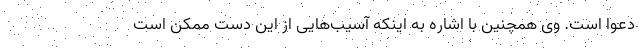
دعوا است. وی همچنین با اشاره به اینکه آسیب‌هایی از این دست ممکن است